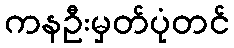
ကနဦးမှတ်ပုံတင်